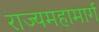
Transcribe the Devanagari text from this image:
राज्यमहामार्ग